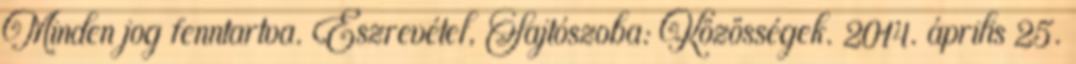
Minden jog fenntartva. Észrevétel, Sajtószoba: Közösségek. 2014. április 25.